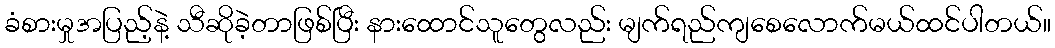
ခံစားမှုအပြည့်နဲ့ သီဆိုခဲ့တာဖြစ်ပြီး နားထောင်သူတွေလည်း မျက်ရည်ကျစေလောက်မယ်ထင်ပါတယ်။